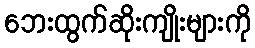
ဘေးထွက်ဆိုးကျိုးများကို